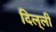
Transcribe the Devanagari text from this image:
दिल्‌ली